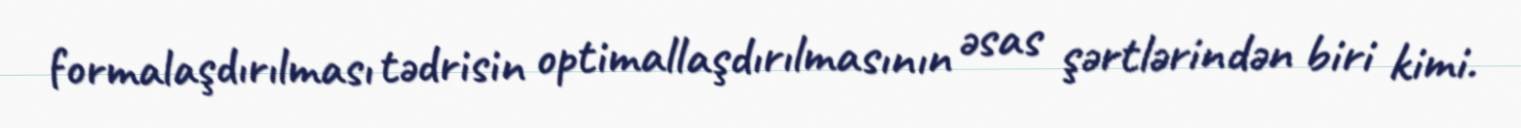
formalaşdırılması tədrisin optimallaşdırılmasının əsas şərtlərindən biri kimi.